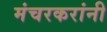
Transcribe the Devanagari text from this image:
मंचरकरांनी